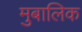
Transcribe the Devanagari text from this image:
मुबालिक